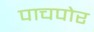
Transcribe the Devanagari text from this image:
पाचपोर